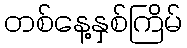
တစ်နေ့နှစ်ကြိမ်